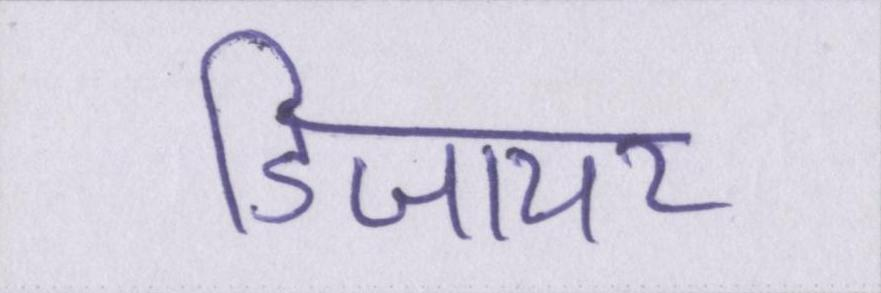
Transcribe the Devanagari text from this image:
डिजायर